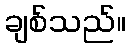
ချစ်သည်။